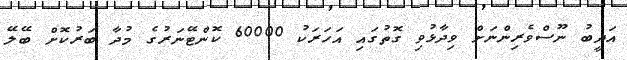
އަދީބު ނޫސްވެރިންނަށް ވިދާޅުވި ގޮތުގައި އަހަރަކު 60000 ކޮންޓޭނަރުގެ މުދާ ބަރުކޮށް ބޭލޭ